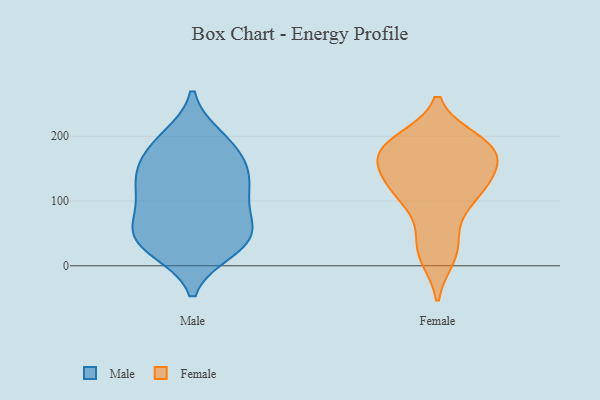
{"axis": {"x": "Revenue (USD Million)", "y": "Value"}, "legend": ["Female", "Male"], "data": [{"x": "", "y": 47, "type": "Male"}, {"x": "", "y": 96, "type": "Male"}, {"x": "", "y": 56, "type": "Male"}, {"x": "", "y": 198, "type": "Male"}, {"x": "", "y": 120, "type": "Male"}, {"x": "", "y": 156, "type": "Male"}, {"x": "", "y": 122, "type": "Male"}, {"x": "", "y": 184, "type": "Male"}, {"x": "", "y": 82, "type": "Male"}, {"x": "", "y": 160, "type": "Male"}, {"x": "", "y": 128, "type": "Male"}, {"x": "", "y": 66, "type": "Male"}, {"x": "", "y": 27, "type": "Male"}, {"x": "", "y": 24, "type": "Male"}, {"x": "", "y": 194, "type": "Male"}, {"x": "", "y": 41, "type": "Male"}, {"x": "", "y": 33, "type": "Male"}, {"x": "", "y": 141, "type": "Male"}, {"x": "", "y": 178, "type": "Female"}, {"x": "", "y": 113, "type": "Female"}, {"x": "", "y": 167, "type": "Female"}, {"x": "", "y": 178, "type": "Female"}, {"x": "", "y": 22, "type": "Female"}, {"x": "", "y": 55, "type": "Female"}, {"x": "", "y": 13, "type": "Female"}, {"x": "", "y": 141, "type": "Female"}, {"x": "", "y": 188, "type": "Female"}, {"x": "", "y": 194, "type": "Female"}, {"x": "", "y": 109, "type": "Female"}, {"x": "", "y": 131, "type": "Female"}, {"x": "", "y": 151, "type": "Female"}, {"x": "", "y": 186, "type": "Female"}, {"x": "", "y": 104, "type": "Female"}]}